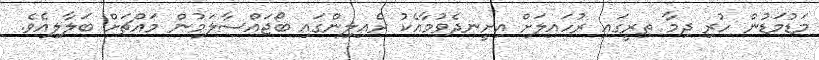
މަޑުމަޑުން ހުރި ދިމާ ތިރީގައި ރުހައިލަށް އިށީނދެވުމާއެކު ރެއިލިންގައި ބޯޖައްސާލަމުން މައްޗަށް ބަލާލިއެވެ.